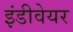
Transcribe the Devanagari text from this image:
इंडीवेयर